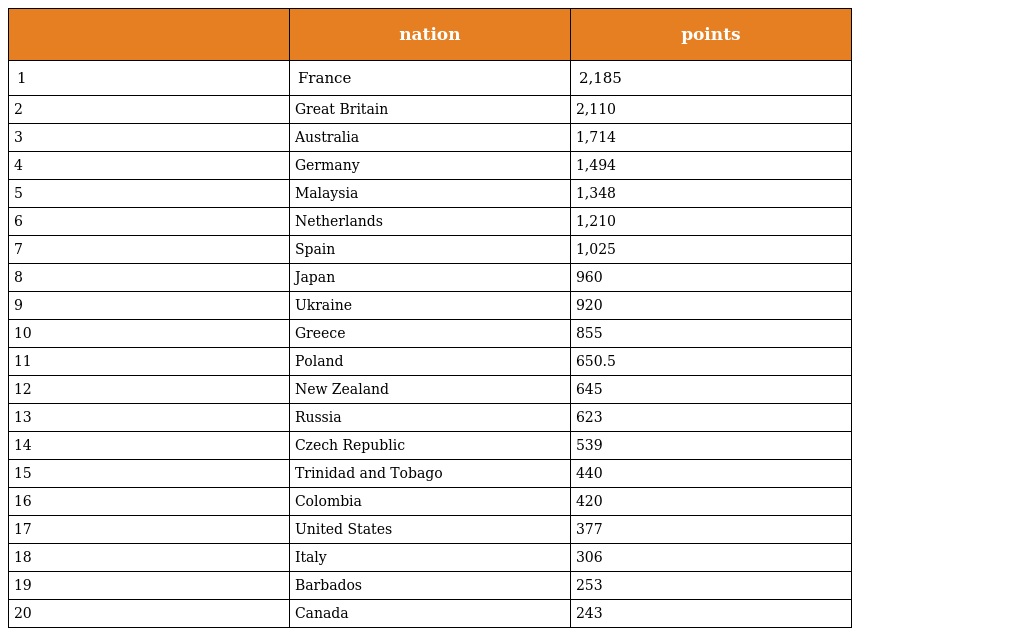
|  | nation | points |
 | --- | --- | --- |
 | 1 | France | 2,185 |
 | 2 | Great Britain | 2,110 |
 | 3 | Australia | 1,714 |
 | 4 | Germany | 1,494 |
 | 5 | Malaysia | 1,348 |
 | 6 | Netherlands | 1,210 |
 | 7 | Spain | 1,025 |
 | 8 | Japan | 960 |
 | 9 | Ukraine | 920 |
 | 10 | Greece | 855 |
 | 11 | Poland | 650.5 |
 | 12 | New Zealand | 645 |
 | 13 | Russia | 623 |
 | 14 | Czech Republic | 539 |
 | 15 | Trinidad and Tobago | 440 |
 | 16 | Colombia | 420 |
 | 17 | United States | 377 |
 | 18 | Italy | 306 |
 | 19 | Barbados | 253 |
 | 20 | Canada | 243 |